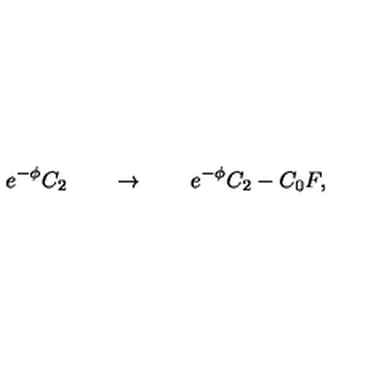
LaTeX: e ^ { - \phi } C _ { 2 } \qquad \rightarrow \qquad e ^ { - \phi } C _ { 2 } - C _ { 0 } F ,